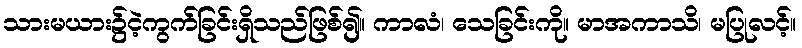
သားမယား၌ငဲ့ကွက်ခြင်းရှိသည်ဖြစ်၍။ ကာလံ၊ သေခြင်းကို။ မာအကာသိ၊ မပြုလင့်။